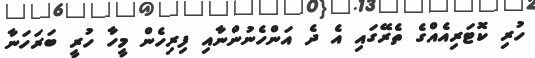
ހުރި ކޮޓަރިއެއްގެ ތެރޭގައި އެ ދެ އަންހެނުންނާއި ފިރިހެން މީހާ ހުރީ ބަރަހަނާ